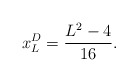
\begin{align*} x^D_L = \frac{L^2-4}{16}.\end{align*}